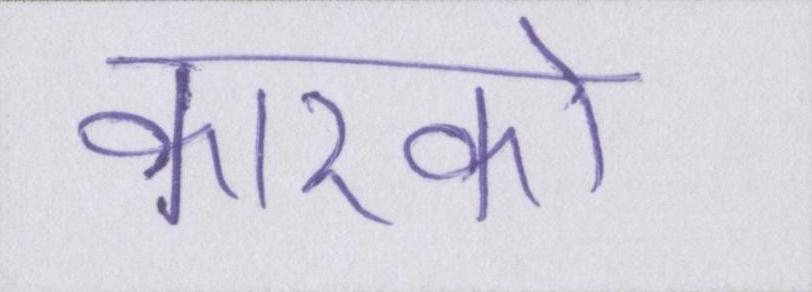
कारको